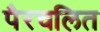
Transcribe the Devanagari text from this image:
पैरचलित